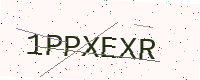
Text: 1PPXEXR